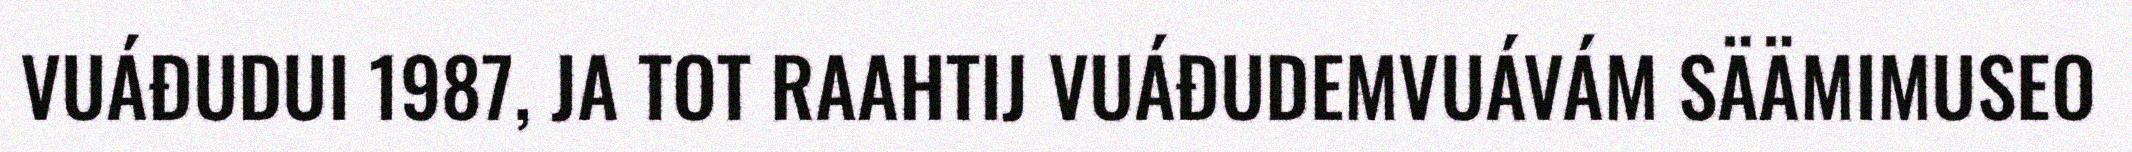
VUÁĐUDUI 1987, JA TOT RAAHTIJ VUÁĐUDEMVUÁVÁM SÄÄMIMUSEO